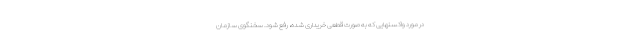
در مورد واکسنهایی که به صورت قطعی خریداری شده، رفع شود. سخنگوی سازمان